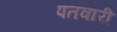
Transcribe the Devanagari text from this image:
पतवारी